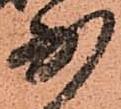
少